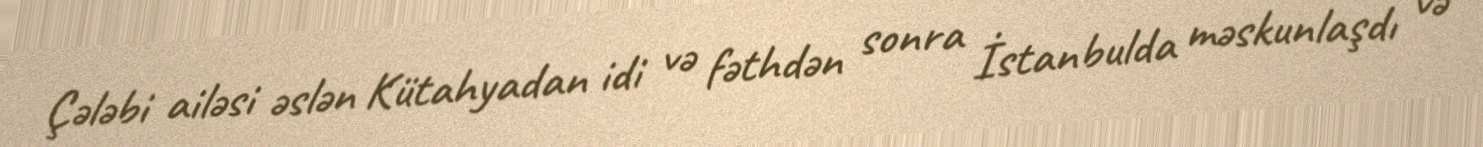
Çələbi ailəsi əslən Kütahyadan idi və fəthdən sonra İstanbulda məskunlaşdı və